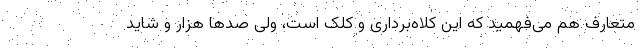
متعارف هم می‌فهمید که این کلاه‌برداری و کلک است، ولی صدها هزار و شاید